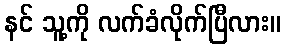
နင် သူ့ကို လက်ခံလိုက်ပြီလား။